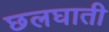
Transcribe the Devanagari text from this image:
छलघाती